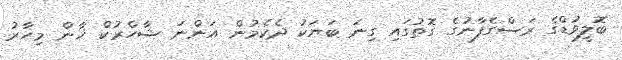
ބޮލީވުޑްގެ ރަސްގެފާނުގެ ގޮތުގައި ގިނަ ބަޔަކު ދެކެމުން އަންނަ ޝާހްރުކް ޚާން މިހާރު